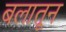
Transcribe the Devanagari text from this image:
बलातून